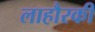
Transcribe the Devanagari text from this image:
लाहौरकी